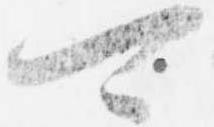
可